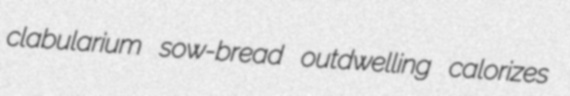
clabularium sow-bread outdwelling calorizes